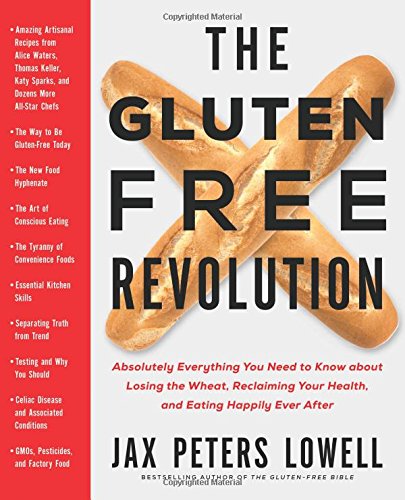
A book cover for The Gluten-Free Revolution: Absolutely Everything You Need to Know about Losing the Wheat, Reclaiming Your Health, and Eating Happily Ever After; Jax Peters Lowell; Cookbooks, Food & Wine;